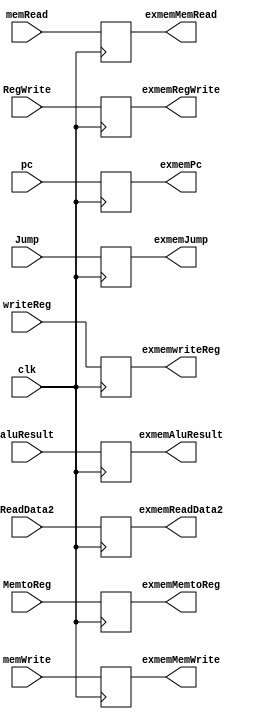
`timescale 1ns / 1ps
module ExMemRegister(clk,Jump,RegWrite,MemtoReg, memRead,memWrite,writeReg, pc,aluResult,ReadData2,exmemJump,exmemRegWrite,exmemMemtoReg,exmemMemRead,exmemMemWrite,exmemwriteReg,exmemPc,exmemAluResult,exmemReadData2);
    input clk, Jump,RegWrite,MemtoReg,memRead,memWrite;
    output reg exmemJump,exmemRegWrite,exmemMemtoReg,exmemMemRead,exmemMemWrite;
    input [4:0]writeReg;
    input [31:0] pc,aluResult,ReadData2;
    output reg [4:0]exmemwriteReg;
    output reg [31:0] exmemPc,exmemAluResult,exmemReadData2;
    initial begin
          {exmemJump,exmemRegWrite,exmemMemtoReg,exmemMemRead,exmemMemWrite,exmemwriteReg,exmemPc,exmemAluResult,exmemReadData2 }<=0;
    end
always @(posedge clk) begin 
{exmemJump,exmemRegWrite,exmemMemtoReg,exmemMemRead,exmemMemWrite,exmemwriteReg,exmemPc,exmemAluResult,exmemReadData2 } 
         <= { Jump,RegWrite,MemtoReg,memRead,memWrite,writeReg,pc,aluResult ,ReadData2};
end
endmodule